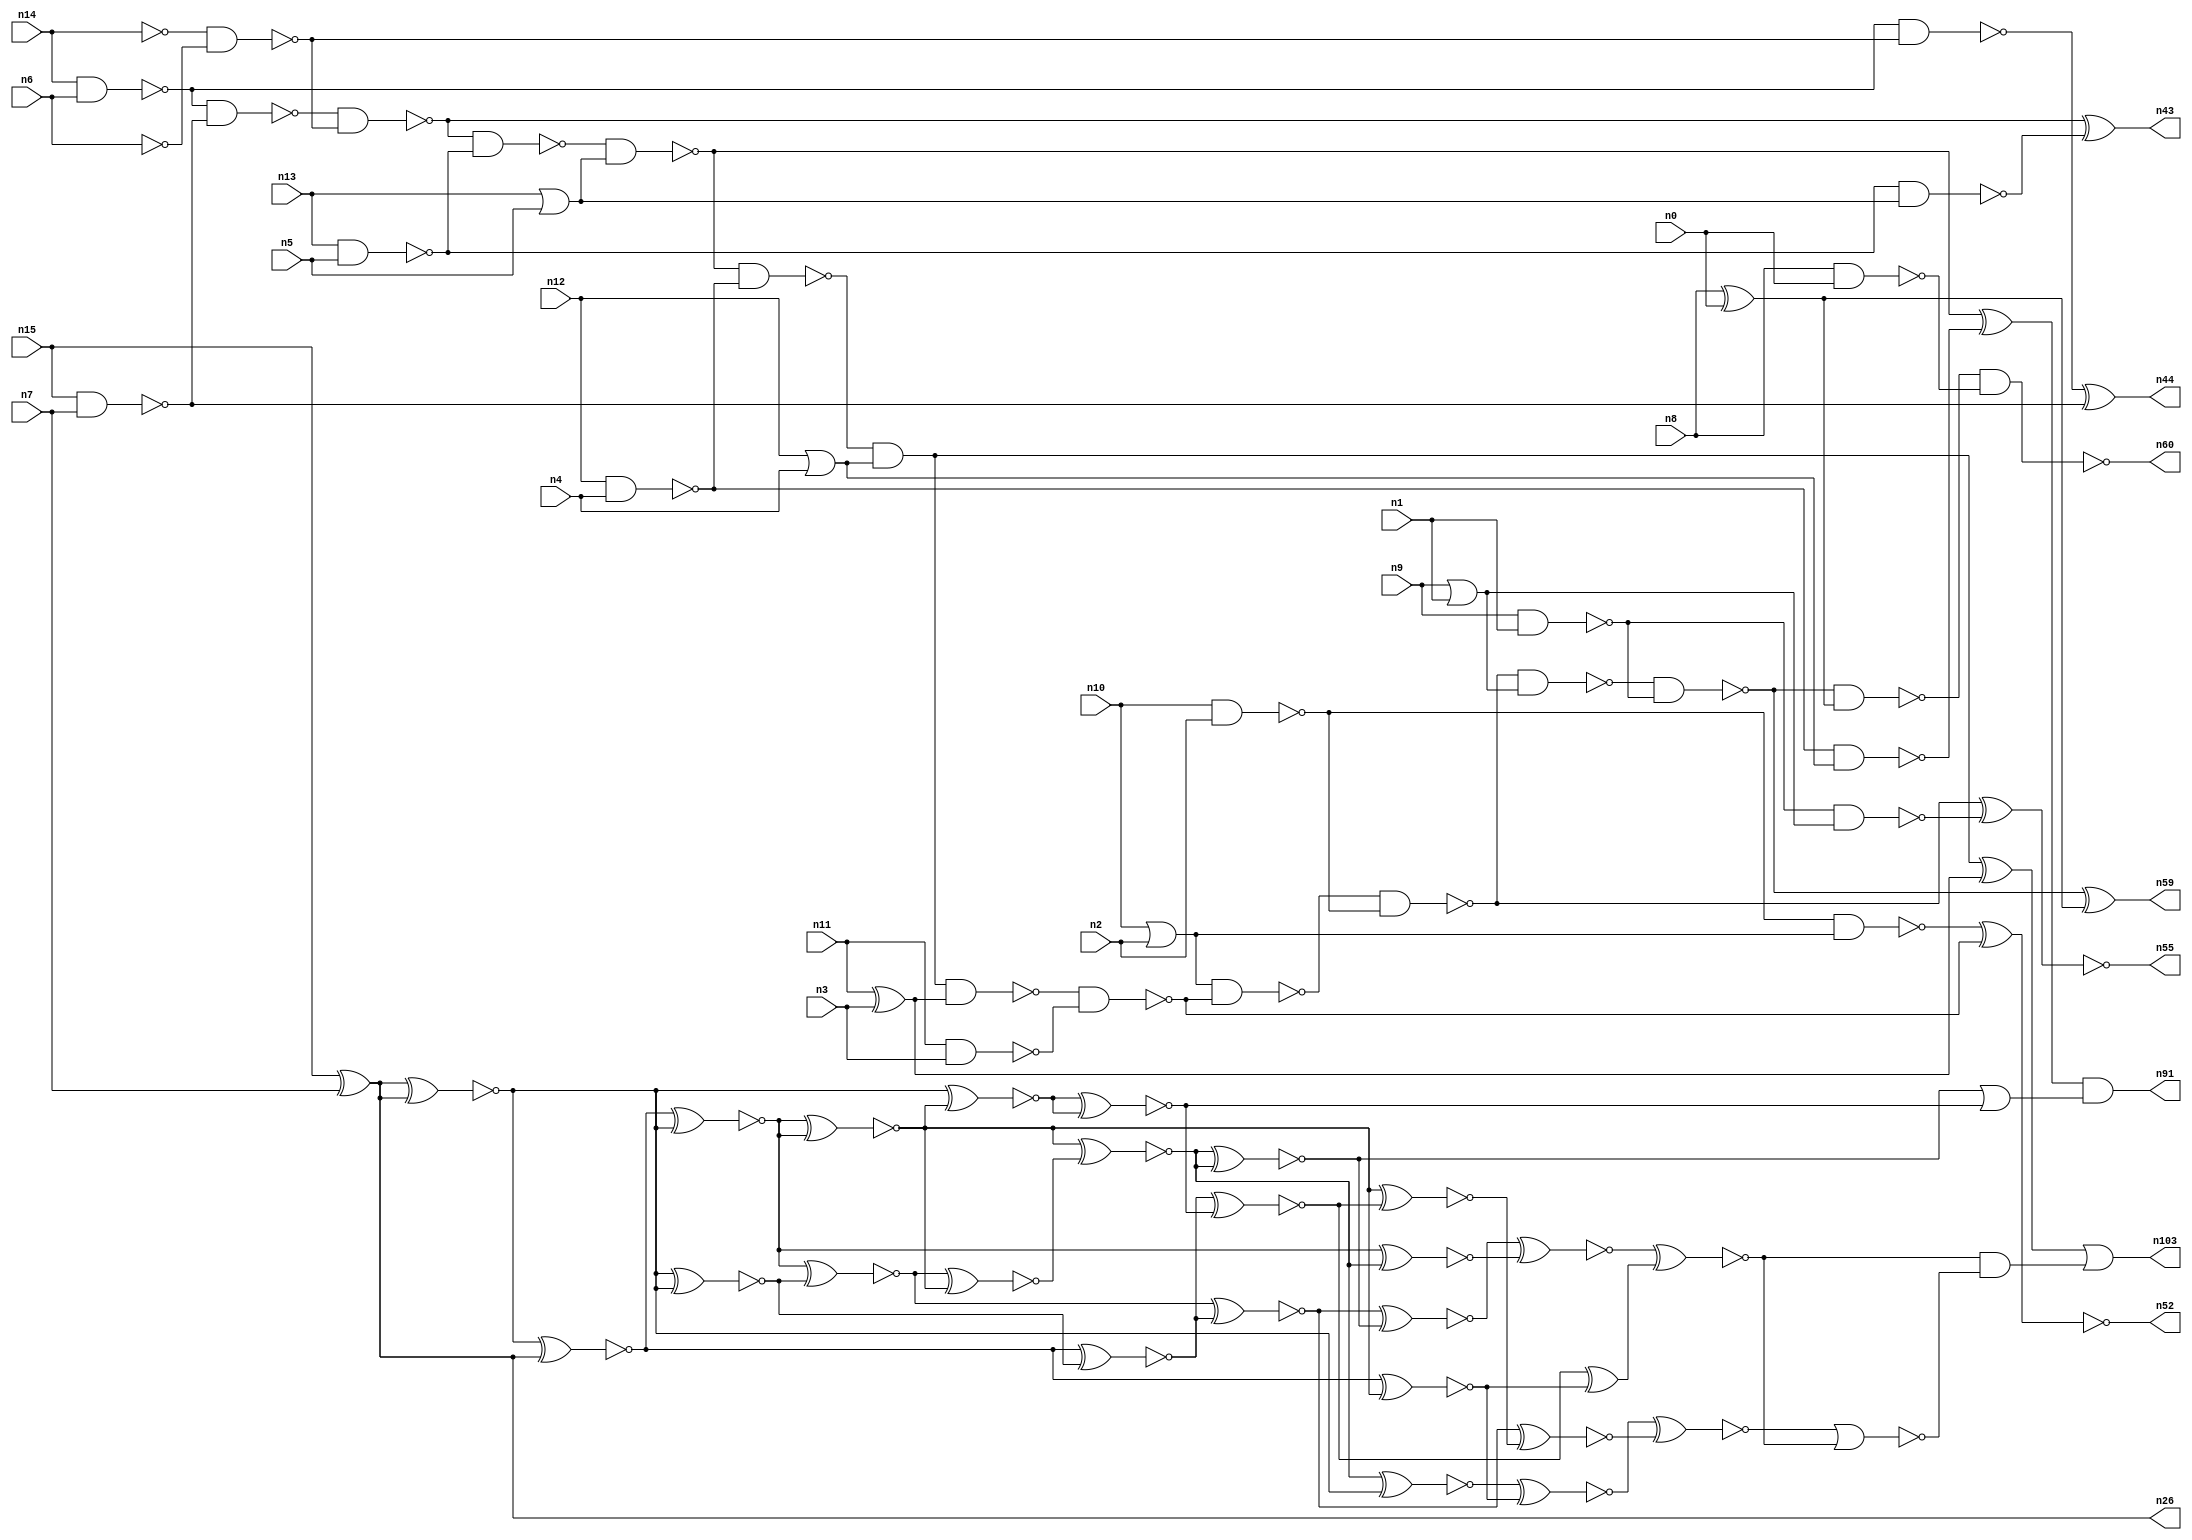
// This program was cloned from: https://github.com/umar-afzaal/ReCkt
// License: MIT License

// This file contains a pareto-optimal circuit with respect to area and the fault-resilince parameter p_fault which is defined as:
// "For all input vectors, the ratio of the no. of faults observable at the POs to the no. of total possible faults in the circuit".
// This code is part of the ReCkt library (https://github.com/umar-afzaal/ReCkt) distributed under The MIT License.
// When used, please cite the following article(s):
// U. Afzaal, A.S. Hassan, M. Usman and J.A. Lee, "On the Evolutionary Synthesis of Increased Fault-resilience Arithmetic Circuits".

// p_fault = 49.0 %    (Lower is better)
// gates = 86.0
// levels = 15
// area = 121.07    (For MCNC library relative to nand2)
// power = 871.0 uW    (Berkely-SIS for MCNC library @ Vdd=5V and 20 MHz clock)
// delay = 28.6 ns    (Berkely-ABC for MCNC library)
// PDP = 2.49106e-11 J

// Pin mapping:
// {n0, n1, n2, n3, n4, n5, n6, n7} = A[7:0]
// {n8, n9, n10, n11, n12, n13, n14, n15} = B[7:0]
// {n60, n59, n55, n52, n103, n91, n43, n44, n26} = O[8:0]

module addr8u_area_108 (
n0, n1, n2, n3, n4, n5, n6, n7, n8, n9, n10, n11, n12, n13, n14, n15, 
n60, n59, n55, n52, n103, n91, n43, n44, n26
);

input n0, n1, n2, n3, n4, n5, n6, n7, n8, n9, n10, n11, n12, n13, n14, n15;
output n60, n59, n55, n52, n103, n91, n43, n44, n26;
wire n96, n30, n69, n102, n68, n61, n79, n95, n46, n18, n93, n45, n90, n56, n37, n80, n101, n53, n62, n40, 
n94, n25, n85, n67, n81, n22, n38, n97, n57, n39, n70, n19, n34, n76, n50, n29, n72, n35, n24, n63, 
n75, n49, n89, n74, n17, n65, n42, n87, n51, n82, n92, n78, n36, n47, n98, n20, n23, n83, n16, n66, 
n48, n21, n41, n54, n27, n33, n28, n58, n86, n88, n71, n73, n31, n84, n32, n77, n64;

nand (n16, n13, n5);
not (n17, n14);
or (n18, n12, n4);
nand (n19, n10, n2);
nand (n20, n15, n7);
or (n21, n10, n2);
not (n22, n6);
xor (n23, n8, n0);
or (n24, n13, n5);
nand (n25, n14, n6);
xor (n26, n15, n7);
nand (n27, n12, n4);
xor (n28, n11, n3);
nor (n29, n9, n1);
nand (n30, n8, n0);
nand (n31, n9, n1);
nand (n32, n11, n3);
nand (n33, n27, n18);
not (n34, n29);
nand (n35, n16, n24);
nand (n36, n25, n20);
nand (n37, n17, n22);
nand (n38, n19, n21);
nand (n39, n36, n37);
nand (n40, n25, n37);
nand (n41, n31, n34);
nand (n42, n39, n16);
xor (n43, n39, n35);
xor (n44, n40, n20);
nand (n45, n42, n24);
nand (n46, n45, n27);
xor (n47, n45, n33);
and (n48, n46, n18);
nand (n49, n48, n28);
xor (n50, n48, n28);
nand (n51, n49, n32);
xnor (n52, n38, n51);
nand (n53, n21, n51);
nand (n54, n53, n19);
xnor (n55, n54, n41);
nand (n56, n54, n34);
nand (n57, n56, n31);
nand (n58, n57, n23);
xor (n59, n57, n23);
nand (n60, n58, n30);
xnor (n61, n26, n26);
xnor (n62, n26, n26);
xnor (n63, n26, n26);
xnor (n64, n61, n26);
xnor (n65, n26, n26);
xnor (n66, n64, n63);
xnor (n67, n26, n61);
xnor (n68, n26, n62);
xnor (n69, n63, n62);
xnor (n70, n64, n62);
xnor (n71, n66, n69);
xnor (n72, n68, n65);
xnor (n73, n68, n61);
xnor (n74, n72, n70);
xnor (n75, n67, n69);
xnor (n76, n72, n73);
xnor (n77, n67, n76);
xnor (n78, n63, n74);
xnor (n79, n71, n76);
xnor (n80, n70, n73);
xnor (n81, n74, n79);
xnor (n82, n78, n78);
xnor (n83, n80, n79);
xnor (n84, n81, n81);
xnor (n85, n75, n82);
xnor (n86, n71, n75);
xnor (n87, n83, n65);
xnor (n88, n87, n77);
or (n89, n84, n82);
xor (n90, n85, n77);
and (n91, n47, n89);
xnor (n92, n80, n85);
xnor (n93, n66, n83);
xnor (n94, n86, n84);
xnor (n95, n86, n92);
xnor (n96, n88, n95);
xnor (n97, n94, n93);
xnor (n98, n97, n90);
nor (n101, n96, n98);
and (n102, n98, n101);
or (n103, n50, n102);

endmodule